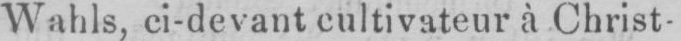
Wahls, ci-devant cultivateur à Christ-